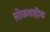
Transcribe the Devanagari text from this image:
लोकशाहीक